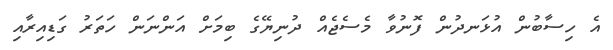
އެ ހިސާބުން އުޅަނދުން ފޮނުވާ މެސެޖެއް ދުނިޔޭގެ ބިމަށް އަންނަން ހަތަރު ގަޑިއިރާއި